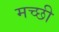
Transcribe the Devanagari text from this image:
मच्छी